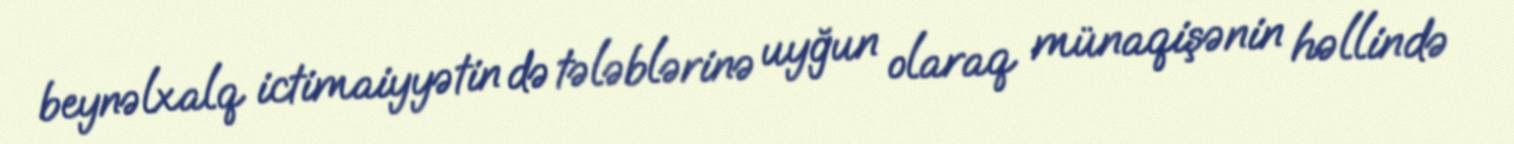
beynəlxalq ictimaiyyətin də tələblərinə uyğun olaraq münaqişənin həllində